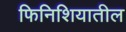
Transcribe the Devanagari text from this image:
फिनिशियातील